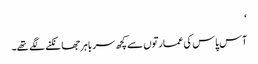
‘
آس پاس کی عمارتوں سے کچھ سر باہر جھانکنے لگے تھے۔